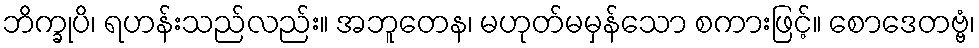
ဘိက္ခုပိ၊ ရဟန်းသည်လည်း။ အဘူတေန၊ မဟုတ်မမှန်သော စကားဖြင့်။ စောဒေတဗ္ဗံ၊